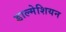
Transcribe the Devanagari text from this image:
डाल्मेशियन